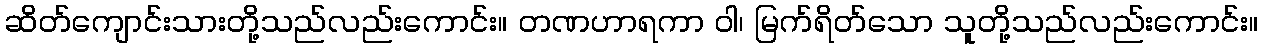
ဆိတ်ကျောင်းသားတို့သည်လည်းကောင်း။ တဏဟာရကာ ဝါ၊ မြက်ရိတ်သော သူတို့သည်လည်းကောင်း။